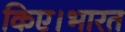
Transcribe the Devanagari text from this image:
किए।भारत